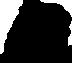
日